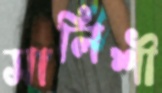
সালিশী